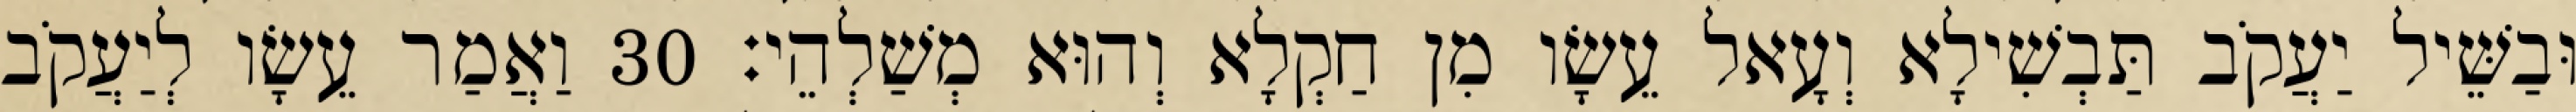
וּבַשֵּׁיל יַעֲקֹב תַּבְשִׁילָא וְעָאל עֵשָׂו מִן חַקְלָא וְהוּא מְשַׁלְהֵי׃ 30 וַאֲמַר עֵשָׂו לְיַעֲקֹב